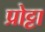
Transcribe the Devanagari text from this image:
प्रोट्टा